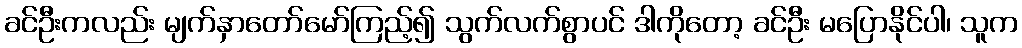
ခင်ဦးကလည်း မျက်နှာတော်မော်ကြည့်၍ သွက်လက်စွာပင် ဒါကိုတော့ ခင်ဦး မပြောနိုင်ပါ၊ သူက